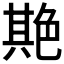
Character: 𦫡